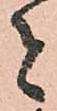
者